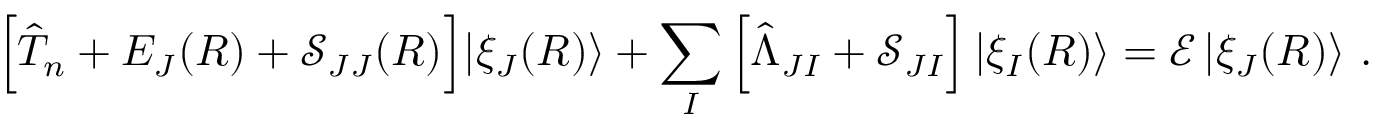
\Big [ \hat { T } _ { n } + E _ { J } ( R ) + \mathcal { S } _ { J J } ( R ) \Big ] | \xi _ { J } ( R ) \rangle + \sum _ { I } \Big [ \hat { \Lambda } _ { J I } + \mathcal { S } _ { J I } \Big ] \, | \xi _ { I } ( R ) \rangle = \mathcal { E } \, | \xi _ { J } ( R ) \rangle ~ .